Civil Veterinary Dept. North-West Frontier Province 1923-32 - 1923-1932
Year: 1923
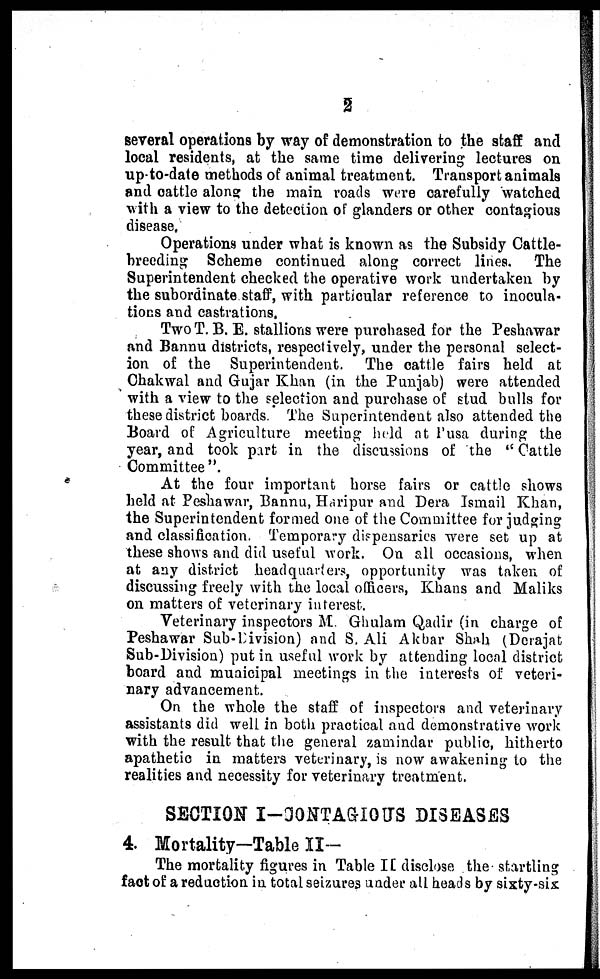
2
several operations by way of demonstration to the staff and
local residents, at the same time delivering lectures on
up-to-date methods of animal treatment. Transport animals
and cattle along the main roads were carefully watched
with a view to the detection of glanders or other contagious
disease.
Operations under what is known as the Subsidy Cattle-
breeding Scheme continued along correct lines. The
Superintendent checked the operative work undertaken by
the subordinate staff, with particular reference to inocula-
tions and castrations,
Two T. B. E. stallions were purchased for the Peshawar
and Bannu districts, respectively, under the personal select-
ion of the Superintendent. The cattle fairs held at
Chakwal and Gujar Khan (in the Punjab) were attended
with a view to the selection and purchase of stud bulls for
these district boards. The Superintendent also attended the
Board of Agriculture meeting held at Pusa during the
year, and took part in the discussions of the " Cattle
Committee".
At the four important horse fairs or cattle shows
held at Peshawar, Bannu, Haripur and Dera Ismail Khan,
the Superintendent formed one of the Committee for judging
and classification. Temporary dispensaries were set up at
these shows and did useful work. On all occasions, when
at any district headquarters, opportunity was taken of
discussing freely with the local officers, Khans and Maliks
on matters of veterinary interest.
Veterinary inspectors M. Ghulam Qadir (in charge of
Peshawar Sub-Division) and S. Ali Akbar Shah (Derajat
Sub-Division) put in useful work by attending local district
board and municipal meetings in the interests of veteri-
nary advancement.
On the whole the staff of inspectors and veterinary
assistants did well in both practical and demonstrative work
with the result that the general zamindar public, hitherto
apathetic in matters veterinary, is now awakening to the
realities and necessity for veterinary treatment.
SECTION I—CONTAGIOUS DISEASES
4. Mortality—Table II—
The mortality figures in Table II disclose the startling
fact of a reduction in total seizures under all heads by sixty-six